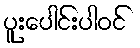
ပူးပေါင်းပါဝင်